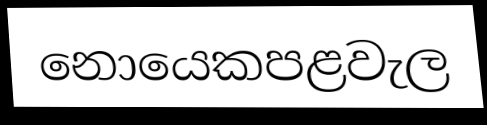
නොයෙකපළවැල